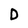
Character: D